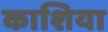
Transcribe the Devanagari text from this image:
काशिया